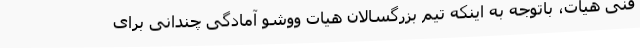
فنی هیات، باتوجه به اینکه تیم بزرگسالان هیات ووشو آمادگی چندانی برای